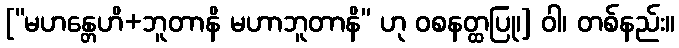
[“မဟန္တေဟိ+ဘူတာနိ မဟာဘူတာနိ” ဟု ဝစနတ္ထပြု၊] ဝါ၊ တစ်နည်း။